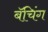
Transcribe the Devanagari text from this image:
बॅचिंग